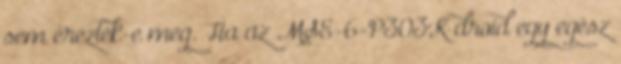
sem érezték-e meg. Ha az MSE-6-P303K droid egy egész